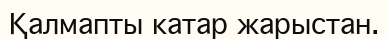
Қалмапты катар жарыстан.